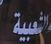
الشعبية